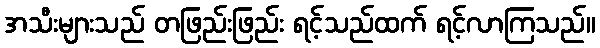
အသီးများသည် တဖြည်းဖြည်း ရင့်သည်ထက် ရင့်လာကြသည်။